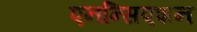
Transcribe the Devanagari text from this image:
एनन्सिएशन